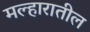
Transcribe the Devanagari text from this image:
मल्हारातील